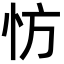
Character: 㤃